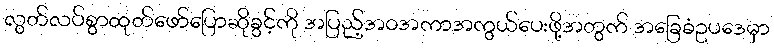
လွတ်လပ်စွာထုတ်ဖော်ပြောဆိုခွင့်ကို အပြည့်အဝအကာအကွယ်ပေးဖို့အတွက် အခြေခံဥပဒေမှာ